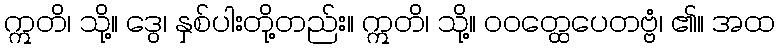
ဣတိ၊ သို့။ ဒွေ၊ နှစ်ပါးတို့တည်း။ ဣတိ၊ သို့။ ဝဝတ္ထေပေတဗ္ဗံ၊ ၏။ အထ